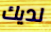
لديك